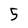
Character: 5